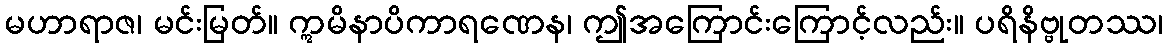
မဟာရာဇ၊ မင်းမြတ်။ ဣမိနာပိကာရဏေန၊ ဤအကြောင်းကြောင့်လည်း။ ပရိနိဗ္ဗုတဿ၊